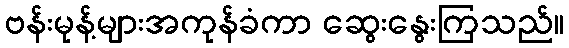
ဗန်းမုန့်များအကုန်ခံကာ ဆွေးနွေးကြသည်။